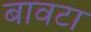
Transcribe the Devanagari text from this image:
बावटा